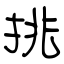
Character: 挑